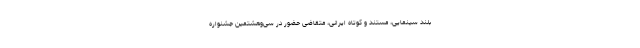
بلند سینمایی، مستند و کوتاه ایرانی، متقاضی حضور در سی‌وهشتمین جشنواره